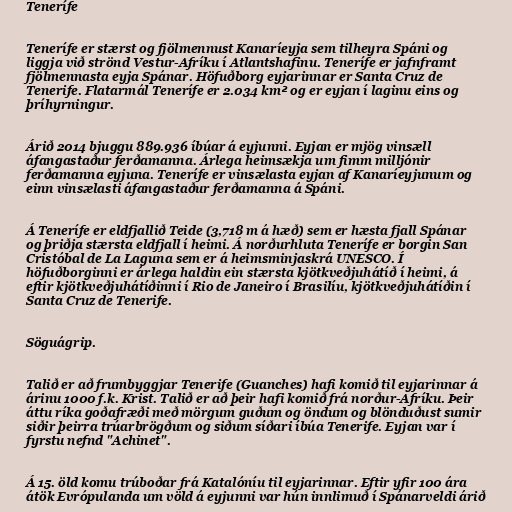
Tenerífe

Tenerífe er stærst og fjölmennust Kanaríeyja sem tilheyra Spáni og
liggja við strönd Vestur-Afríku í Atlantshafinu. Tenerífe er jafnframt
fjölmennasta eyja Spánar. Höfuðborg eyjarinnar er Santa Cruz de
Tenerife. Flatarmál Tenerífe er 2.034 km² og er eyjan í laginu eins og
þríhyrningur.

Árið 2014 bjuggu 889.936 íbúar á eyjunni. Eyjan er mjög vinsæll
áfangastaður ferðamanna. Árlega heimsækja um fimm milljónir
ferðamanna eyjuna. Tenerífe er vinsælasta eyjan af Kanaríeyjunum og
einn vinsælasti áfangastaður ferðamanna á Spáni.

Á Tenerífe er eldfjallið Teide (3,718 m á hæð) sem er hæsta fjall Spánar
og þriðja stærsta eldfjall í heimi. Á norðurhluta Tenerífe er borgin San
Cristóbal de La Laguna sem er á heimsminjaskrá UNESCO. Í
höfuðborginni er árlega haldin ein stærsta kjötkveðjuhátíð í heimi, á
eftir kjötkveðjuhátíðinni í Rio de Janeiro í Brasilíu, kjötkveðjuhátíðin í
Santa Cruz de Tenerife.

Söguágrip.

Talið er að frumbyggjar Tenerife (Guanches) hafi komið til eyjarinnar á
árinu 1000 f.k. Krist. Talið er að þeir hafi komið frá norður-Afríku. Þeir
áttu ríka goðafræði með mörgum guðum og öndum og blönduðust sumir
siðir þeirra trúarbrögðum og siðum síðari íbúa Tenerife. Eyjan var í
fyrstu nefnd "Achinet".

Á 15. öld komu trúboðar frá Katalóníu til eyjarinnar. Eftir yfir 100 ára
átök Evrópulanda um völd á eyjunni var hún innlimuð í Spánarveldi árið